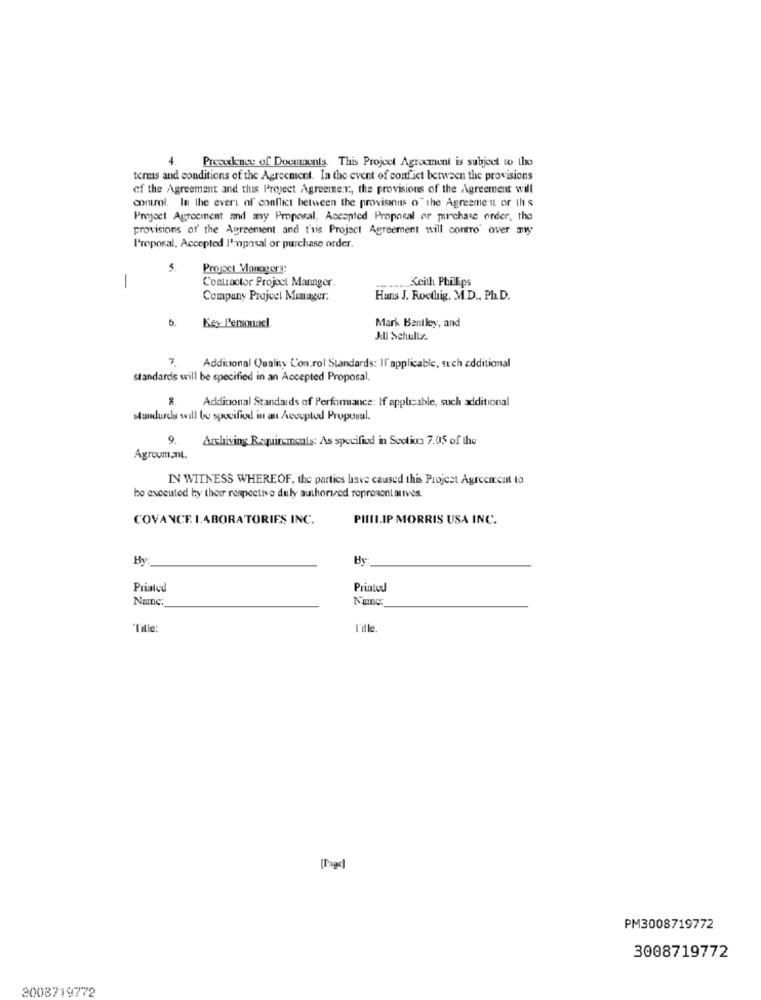
4.
Presence of Documents. This Project Agreement is subject to the
terms and conditions of the Agreement. In the event of conflict between the provisions
of the Agreement and this Project Agreeme.r ., the provisions of the Agreement will
control. In the evert of conflict between the provisions o" the Agreement or th s
Preyjoet Agreement and my Proposal, Accepted Proposal or purchase order, the
provisions of' the Agreement and f'ris Project Agreement will contro' over my
I'reposal, Accepted l'zopasal or purchase order.
5.
Project Manager ::
Contractor Project Manager.
Keith Phillips
-
Company Project Manager.
Hans J. Roothig, M.D ., Ph.D.
5.
Mark Bentley, and
Key Personnel
Jill Schultz
7
Additional Quality Con:rol Standards: Il applicable, such additional
standards will be specified in an Accepted Proposal.
Additional Standards of Performance: If applicable, such additional
standards will be specified in an Accepted Proposal.
9.
Archiving Requirements: As specified in Section 7.05 of the
Agroomant.
IN WITNESS WHEREOF, the parties have caused this Project Agreement to
be executed by their respective duly authorized representatives.
COVANCE LABORATORIES INC.
PHILIP MORRIS USA INC.
By:
By
Priated
Printed
Nane
Nung
"Title
I'ik
[Page]
PM3008719772
3008719772
3008719772